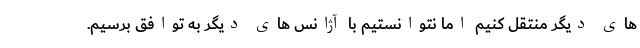
های دیگر منتقل کنیم اما نتوانستیم با آژانس های دیگر به توافق برسیم.